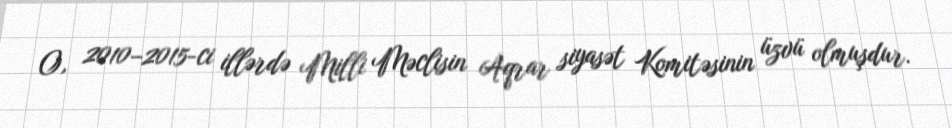
O, 2010–2015-ci illərdə Milli Məclisin Aqrar siyasət Komitəsinin üzvü olmuşdur.